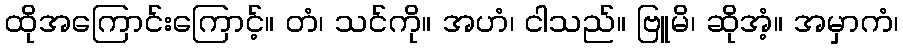
ထိုအကြောင်းကြောင့်။ တံ၊ သင်ကို။ အဟံ၊ ငါသည်။ ဗြူမိ၊ ဆိုအံ့။ အမှာကံ၊